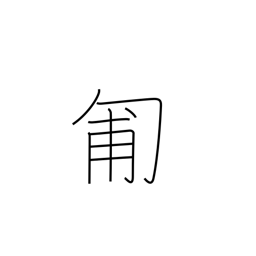
Meaning: crawl